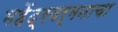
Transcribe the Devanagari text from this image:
महेंद्रवर्मनाचा